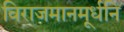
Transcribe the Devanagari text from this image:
विराजमानमूर्धनि